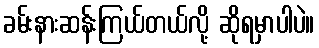
ခမ်းနားဆန်းကြယ်တယ်လို့ ဆိုရမှာပါပဲ။